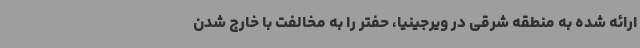
ارائه شده به منطقه شرقی در ویرجینیا، حفتر را به مخالفت با خارج شدن